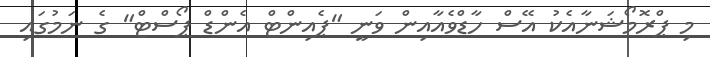
މި ޕްރޮމޯޝަނާއެެކު އޭސް ހާޑްވެއާއިން ވަނީ "ޕެއިންޓް އެންޑް ޕޯސްޓް" ގެ ނަމުގައި